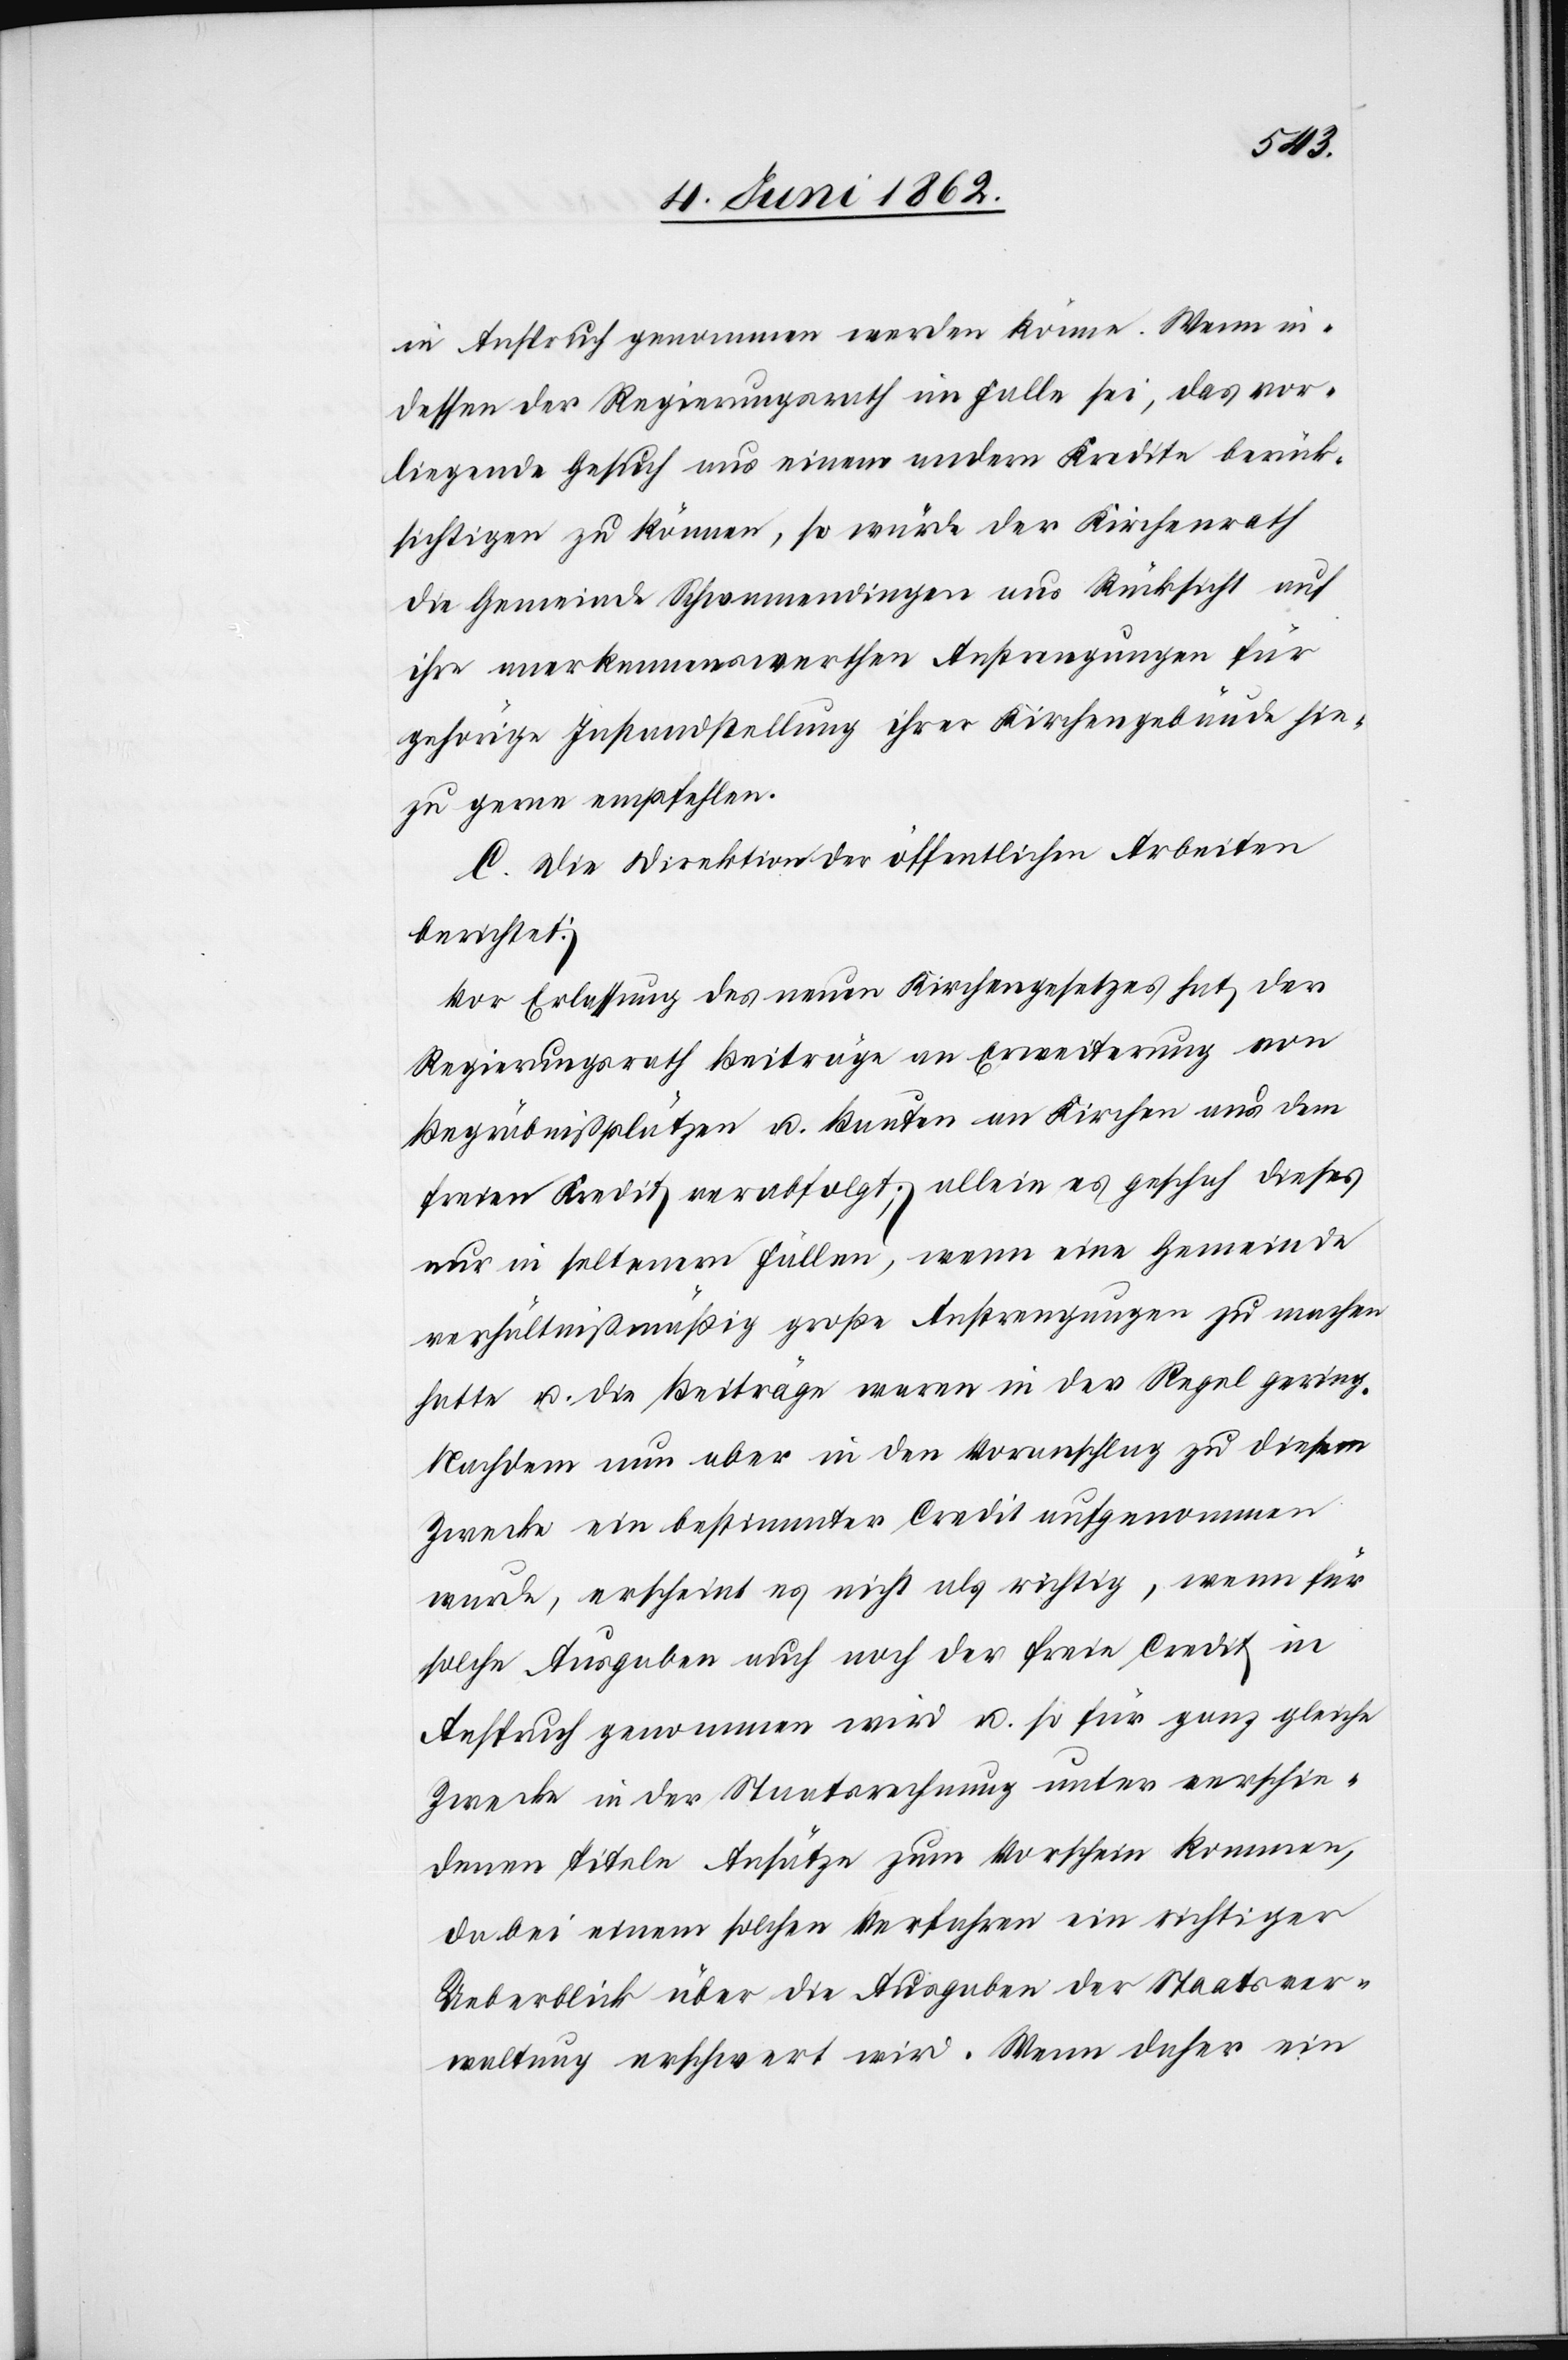
in Anspruch genommen werden könne. Wenn in¬
dessen der Regierungsrath im Falle sei, das vor¬
liegende Gesuch aus einem andern Kredite berück¬
sichtigen zu können, so würde der Kirchenrath
die Gemeinde Schwamendingen aus Rücksicht auf
ihre anerkennenswerthen Anstrengungen für
gehörige Instandstellung ihrer Kirchengebäude hie¬
zu gerne empfehlen.
C. Die Direktion der öffentlichen Arbeiten
berichtet:
Vor Erlassung des neuen Kirchengesetzes hat der
Regierungsrath Beiträge an Erweiterung von
Begräbnißplätzen u. Bauten an Kirchen aus dem
freien Kredit verabfolgt; allein es geschah dieses
nur in seltenern Fällen, wenn eine Gemeinde
verhältnißmäßig große Anstrengungen zu machen
hatte u. die Beiträge waren in der Regel gering.
Nachdem nun aber in den Voranschlag zu diesem
Zwecke ein bestimmter Credit aufgenommen
wurde, erscheint es nicht als richtig, wenn für
solche Ausgaben auch noch der freie Credit in
Anspruch genommen wird u. so für ganz gleiche
Zwecke in der Staatsrechnung unter verschie¬
denen Titeln Ansätze zum Vorschein kommen,
dabei einem solchen Verfahren ein richtiger
Ueberblick über die Ausgaben der Staatsver¬
waltung erschwert wird. Wenn daher ein